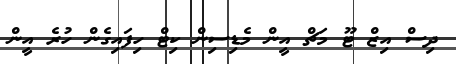
ދިސް އިޒް ޓޫ މަޗް އީން މެޑިސިން ކިޓް ހިފައިގެން ހުރެ އީން